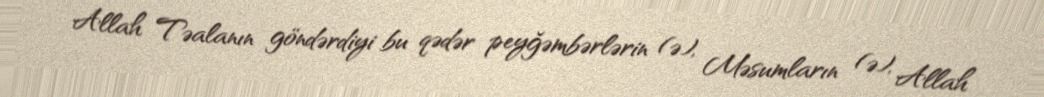
Allah Təalanın göndərdiyi bu qədər peyğəmbərlərin (ə), Məsumların (ə), Allah